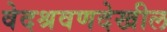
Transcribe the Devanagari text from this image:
वेदश्रवणदेखील